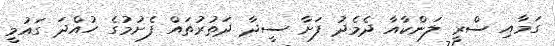
ގަމާއި ސްރީ ލަންކާއާ ދެމެދު ފަށާ ސީދާ ދަތުރުތައް ފެށުމުގެ ހުއްދަ ގައުމީ